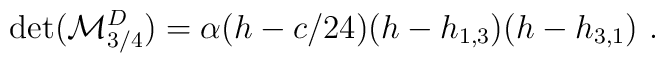
\det({\cal M}^D_{3/4})=\alpha(h-c/24)(h-h_{1,3})(h-h_{3,1}){}~.